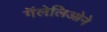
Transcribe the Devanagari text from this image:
गॅलेलिओने